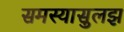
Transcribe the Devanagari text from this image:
समस्यासुलझ